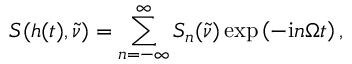
S ( h ( t ) , \tilde { \nu } ) = \sum _ { n = - \infty } ^ { \infty } S _ { n } ( \tilde { \nu } ) \exp \left( { - \mathrm { i } n \Omega t } \right) ,